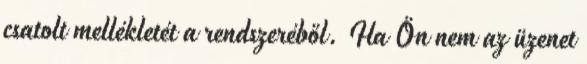
csatolt mellékletét a rendszeréből. Ha Ön nem az üzenet